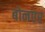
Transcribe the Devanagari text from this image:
बोनएर